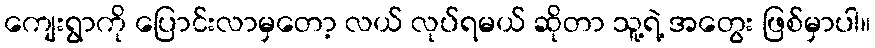
ကျေးရွာကို ပြောင်းလာမှတော့ လယ် လုပ်ရမယ် ဆိုတာ သူ့ရဲ့ အတွေး ဖြစ်မှာပါ။